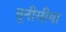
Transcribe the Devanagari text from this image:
तूनीसीया